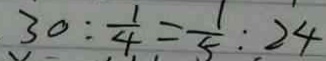
3 0 : \frac { 1 } { 4 } = \frac { 1 } { 5 } : 2 4